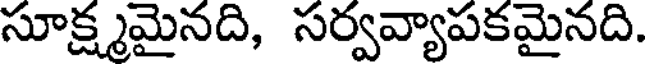
సూక్ష్మమైనది, సర్వవ్యాపకమైనది.